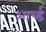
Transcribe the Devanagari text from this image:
आर्च्ड